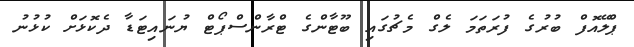
ޕްލޭއޮފް ބުރުގެ ފުރަތަމަ ލެގް މެޗުގައި ބޫޓާންގެ ޓްރާންސްޕޯޓް ޔުނައިޓަޑާ ދެކޮޅަށް ކުޅުނު